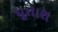
ધૂતારા